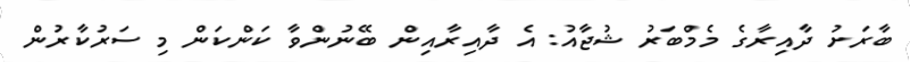
ބާރަށު ދާއިރާގެ މެމްބަރު ޝުޖާއު: އެ ދާއިރާއިން ބޭނުންވާ ކަންކަން މި ސަރުކާރުން